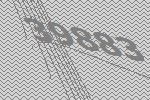
39883